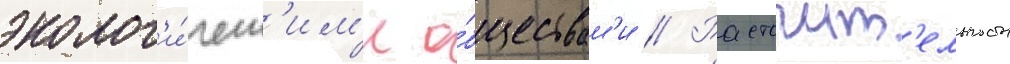
эколог'и́ческ'им'и о́бществам'и // Расточит'ельность